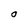
Character: O